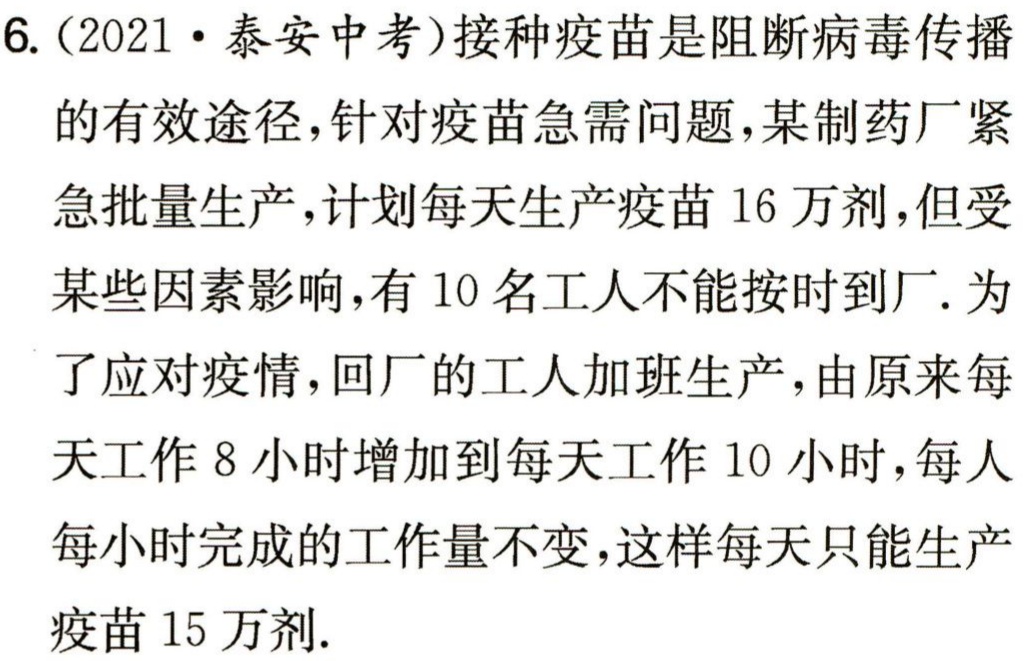
6.（2021·泰安中考）接种疫苗是阻断病毒传播

的有效途径，针对疫苗急需问题，某制药厂紧

急批量生产，计划每天生产疫苗 16 万剂，但受

某些因素影响，有 10 名工人不能按时到厂. 为

了应对疫情，回厂的工人加班生产，由原来每

天工作 8 小时增加到每天工作 10 小时，每人

每小时完成的工作量不变，这样每天只能生产

疫苗 15 万剂.